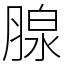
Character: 腺